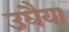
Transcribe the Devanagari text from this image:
उघैया